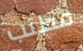
مطلب